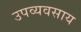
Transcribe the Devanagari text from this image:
उपव्यवसाय